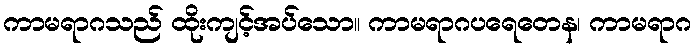
ကာမရာဂသည် ထိုးကျင့်အပ်သော။ ကာမရာဂပရေတေန၊ ကာမရာဂ